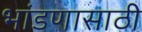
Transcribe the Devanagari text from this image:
भांडणासाठी